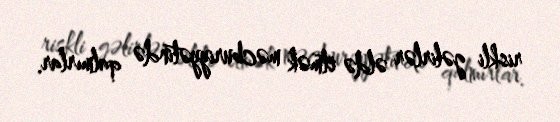
riskli gəlirlər əldə etmək məcburiyyətində qalmırlar.